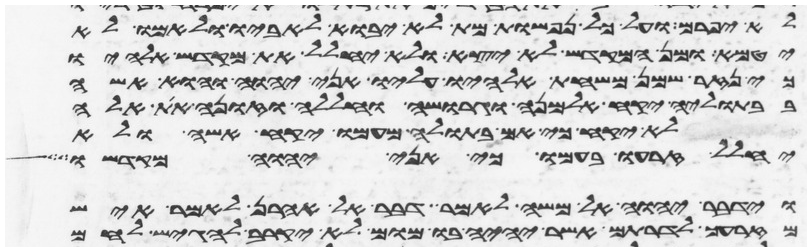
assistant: לא יפרם ועל כל נפשות מת לא יבוא לאביו ולאמו לא
יטמא ומן המקדש לא יצא ולא יחלל את מקדש אלהיו
כי נזר שמן משחת אלהיו עליו אני יהוה והוא אשה
בבתוליה יקח אלמנה וגרושה וחללה וזונה את אלה
לא יקח כי אם בתולה מעמו יקח אשה ולא
יחלל זרעו בעמו כי אני יהוה מקדשו
וידבר יהוה אל משה לאמר דבר אל אהרן לאמר איש
מזרעך לדרותם אשר יהיה בו מום לא יקרב להגיש לחם